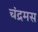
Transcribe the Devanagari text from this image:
चंद्रमस